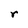
Character: r